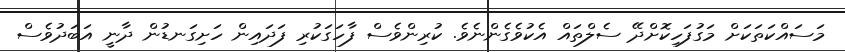
މަސައްކަތަކަށް މަގުފަހިކޮށްދޭ ސެލްތައް އެކުވެގެންނެވެ. ކުރިންވެސް ފާހަގަކުރި ފަދައިން ހަށިގަނޑުން ދާނީ އަބަދުވެސް